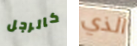
كالرجل الذي